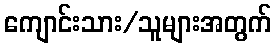
ကျောင်းသား/သူများအတွက်